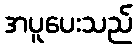
အပူပေးသည်